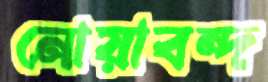
নোয়াবন্দ